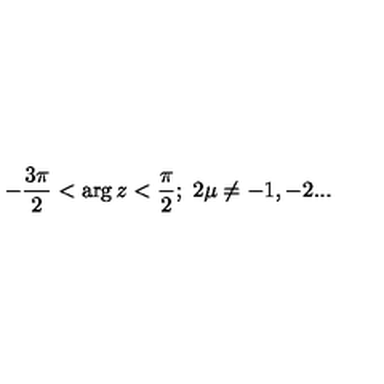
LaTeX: - \frac { 3 \pi } 2 < \arg z < \frac \pi 2 ; \ 2 \mu \neq - 1 , - 2 . . .